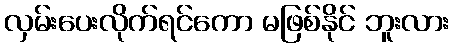
လှမ်းပေးလိုက်ရင်ကော မဖြစ်နိုင် ဘူးလား